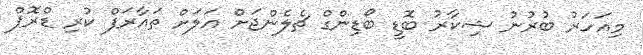
މިއަހަރު ބުރުނު ޝިކާރު ބޮޑީ ބޯޑިންގް ޗެލެންޖަށް އަލަށް ތައާރަފް ކުރި ޑްރޮޕް